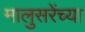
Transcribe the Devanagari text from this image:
मालुसरेंच्या